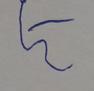
Signature authenticity: forged